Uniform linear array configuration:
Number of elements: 4
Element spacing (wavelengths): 0.5
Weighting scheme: blackman
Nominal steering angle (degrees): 15
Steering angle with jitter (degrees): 15.48
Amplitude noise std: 0.05
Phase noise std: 0.05

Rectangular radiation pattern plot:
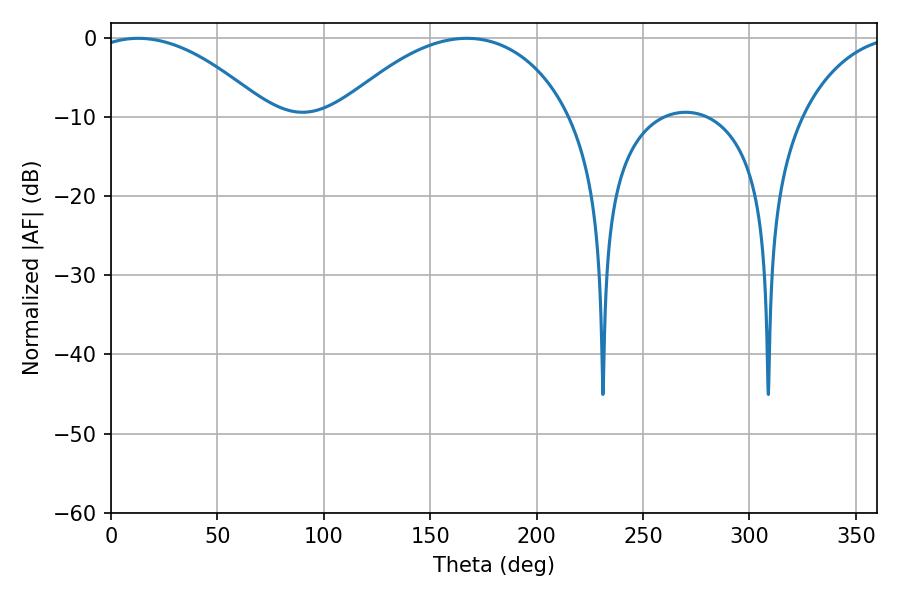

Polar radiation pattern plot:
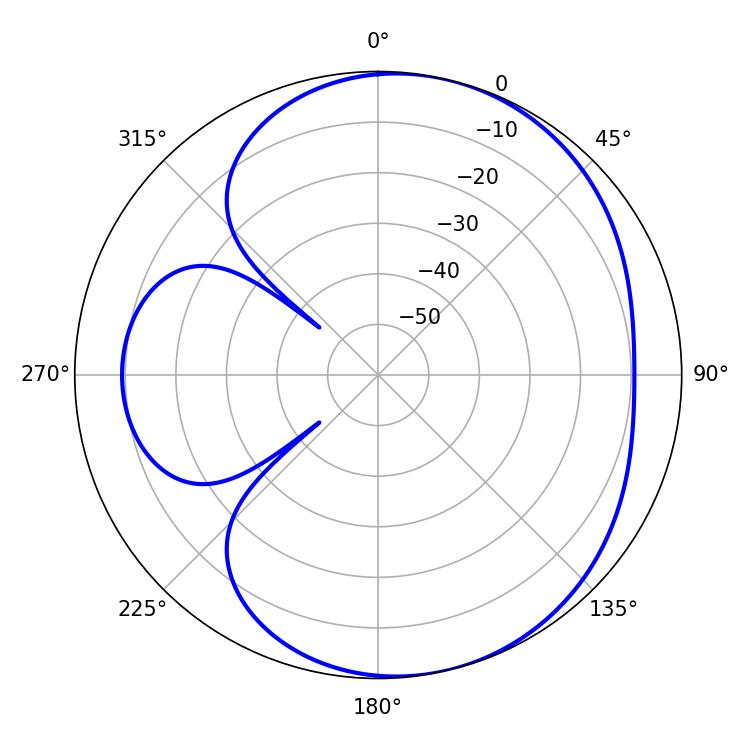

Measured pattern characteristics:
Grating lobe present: FALSE
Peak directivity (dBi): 5.432
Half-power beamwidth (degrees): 46.08
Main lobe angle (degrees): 12.78